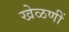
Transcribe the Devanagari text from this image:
खेळणीं